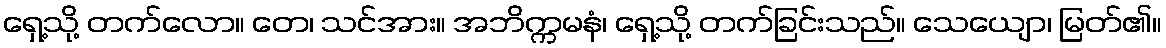
ရှေ့သို့ တက်လော။ တေ၊ သင်အား။ အဘိက္ကမနံ၊ ရှေ့သို့ တက်ခြင်းသည်။ သေယျော၊ မြတ်၏။